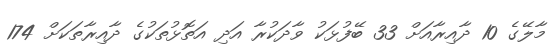
މާލޭގެ 10 ދާއިރާއަށް 33 ބޭފުޅަކު ވާދަކުރާ އަދި އަތޮޅުތަކުގެ ދާއިރާތަކަށް 174